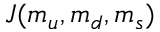
J ( m _ { u } , m _ { d } , m _ { s } )